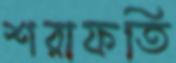
শরাফতি